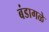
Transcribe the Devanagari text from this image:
बंडागळे